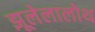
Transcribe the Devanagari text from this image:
झूलेलालोथ